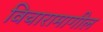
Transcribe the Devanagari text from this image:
विचारामागील